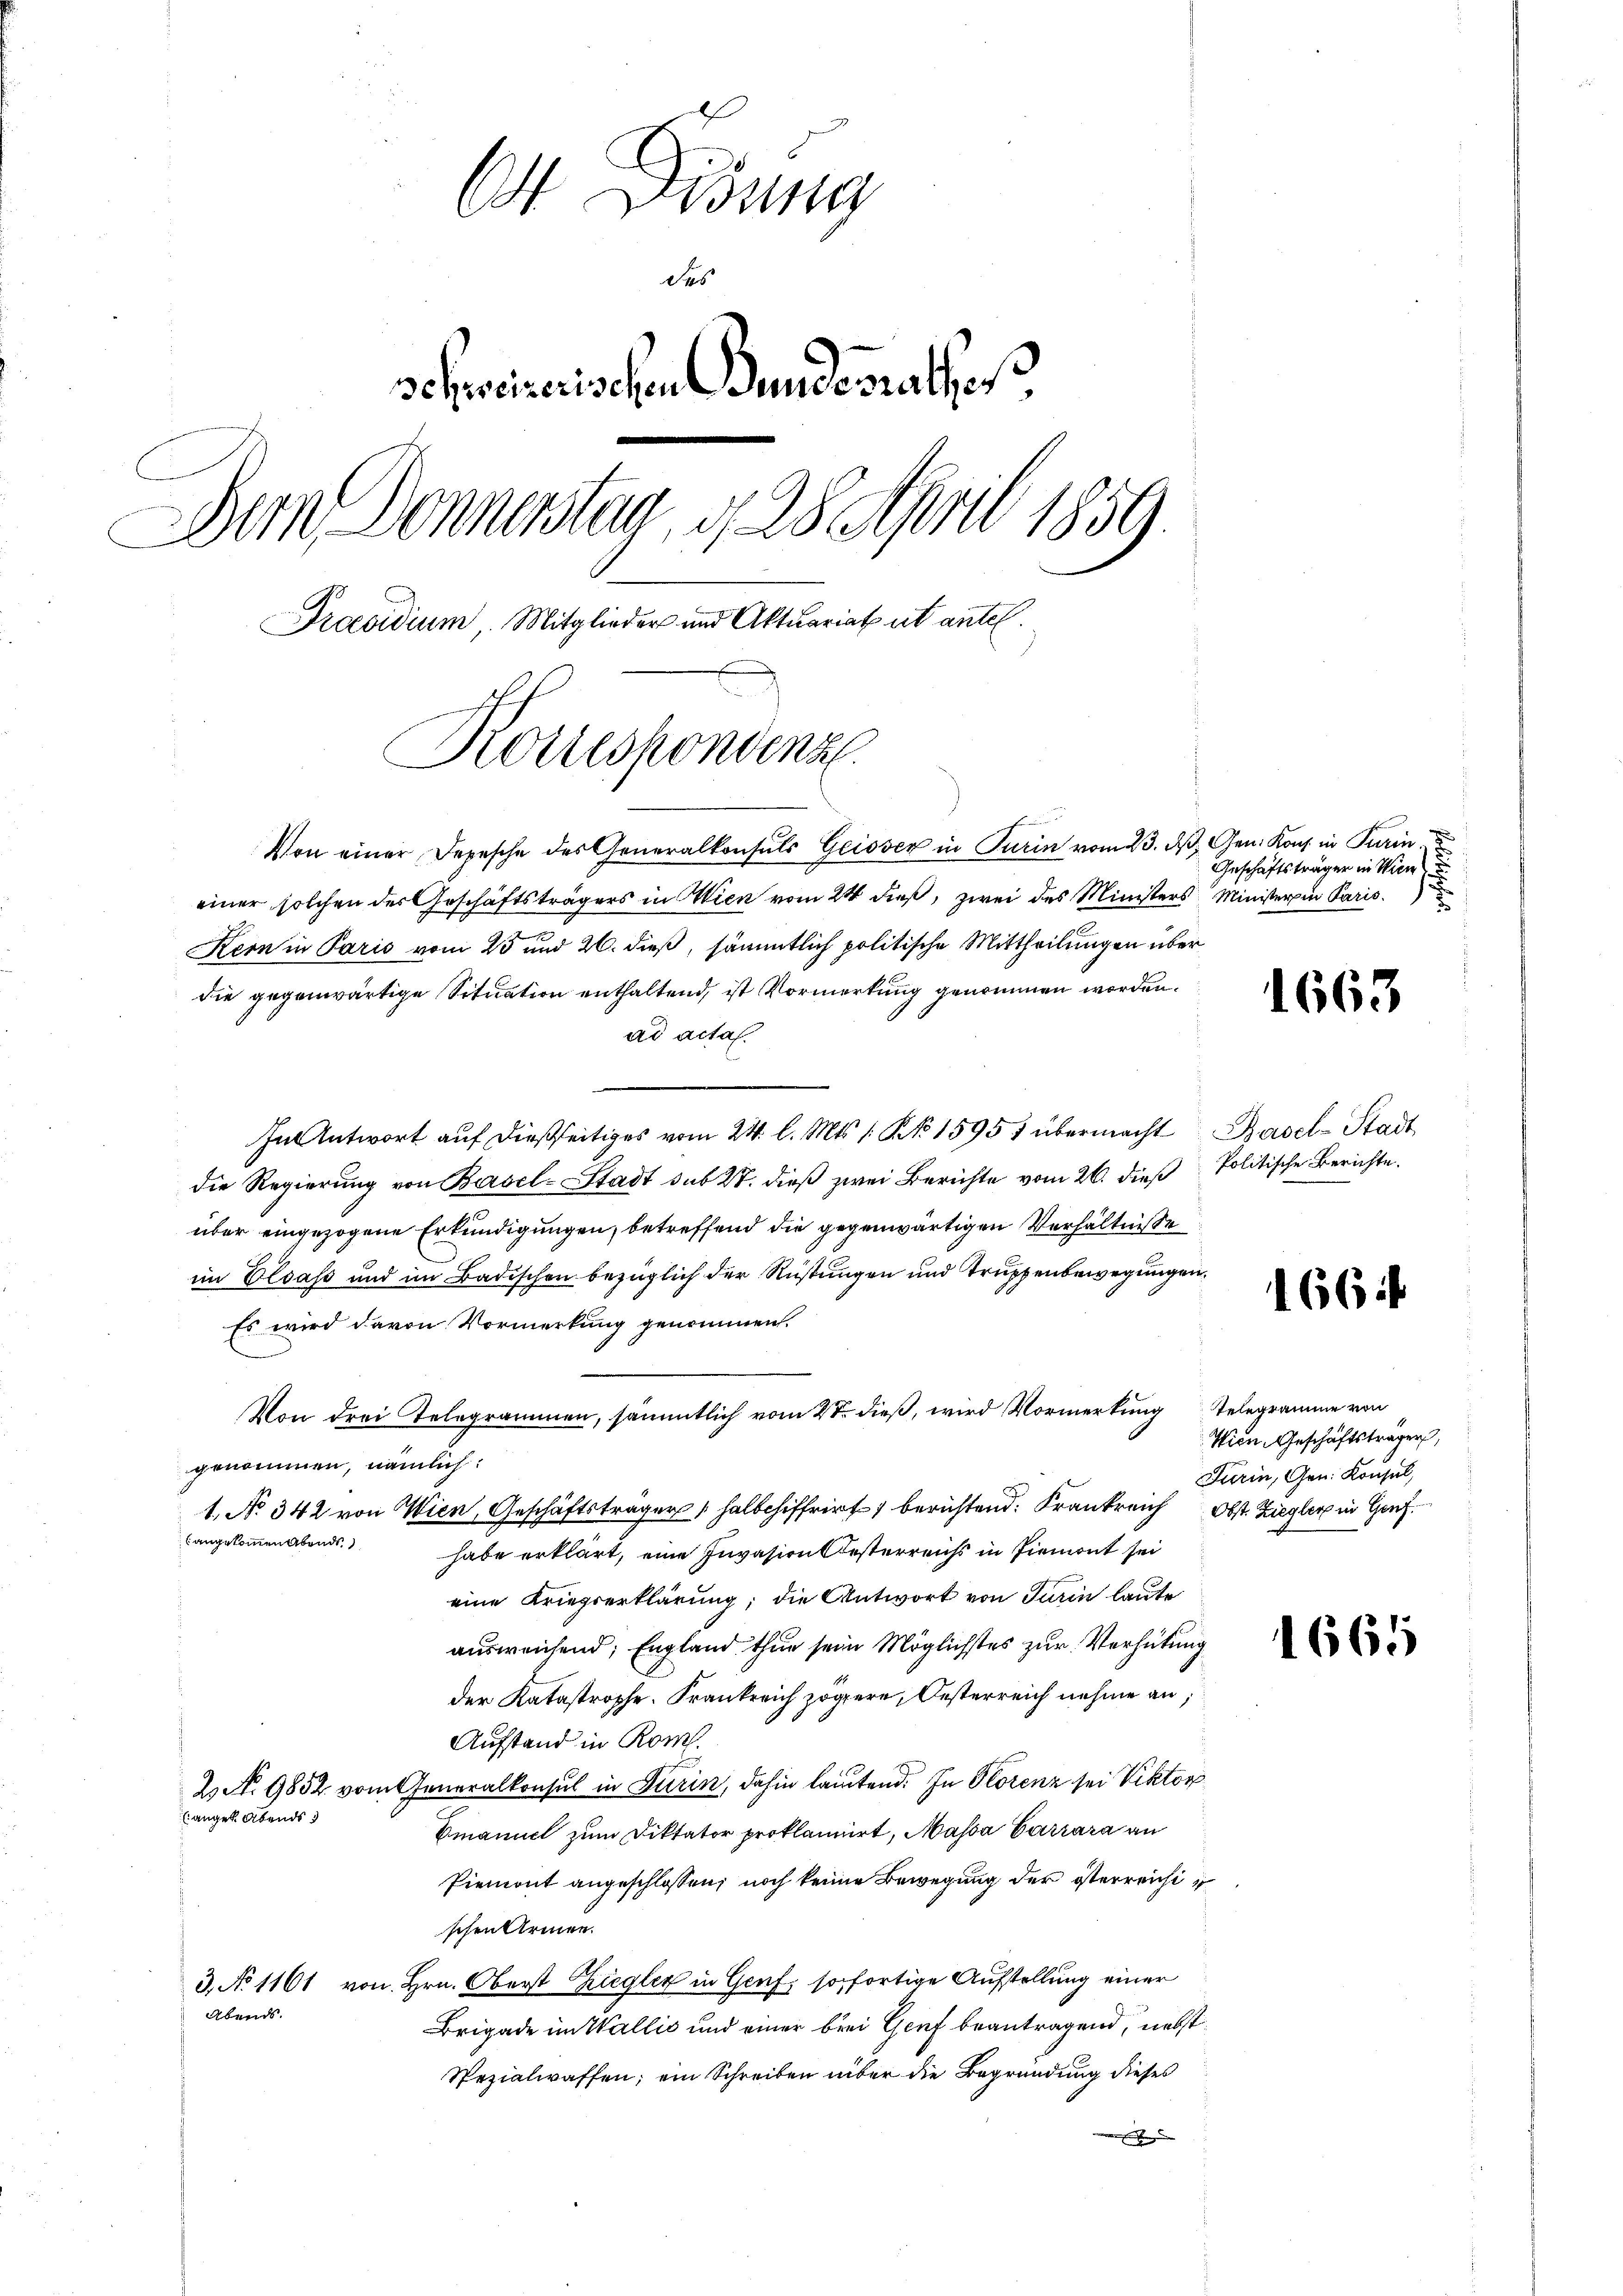
bt Disung
des
schreizerischen Bundesrathes
Bern Donnerstag, d. 28. April 1859
Präsidium, Mitglieder und Aktuariat et antel.
Korrespondenz

Von einer Depesche des Generalkonsuls Geisser in Turin vom 23. ds. Gen. Kons. in Turineiner solchen der Geschäftsträgers in Wien vom 24 dieß, zwei des Ministers Ministerin Paris
Kern in Paris vom 25 und 26. dieß, sämmtlich politische Mittheilungen über
die gegenwärtige Situation enthaltend, ist Vormerkung genommen worden.
ad acta.
In Antwort auf dießseitiges vom 24. l. Mts. 1. No 15951 übermacht Basel-Stadt
die Regierung von Basel-Stadt sub 27. dieß zwei Berichte vom 26. dieß Politische Berichte.
über eingezogene Erkundigungen, betreffend die gegenwärtigen Verhältnisse
im Elsass und im Badischen bezüglich der Rüstungen und Truppenbewegungen
Es wird davon Vormerkung genommen.
Von drei Telegrammen, sämmtlich vom 28ten dieß, wird Vormerkung Telegramme von
genommen, nämlich:
1. No 342 von Wien, Geschäftsträger halbchiffrirt berichtend: Frankreich Obst Ziegler in Ganz
langekommen Abends.
habe erklärt, eine Invasion Oesterreichs in Piemont sei
eine Kriegserklärung; die Antwort von Turin laute
ausweichend, England thun sein Möglichstes zur Verhütung
der Katastrophe. Frankreich zögere, Oesterreich nehme an,
Aufstand in Rom.
2 No 9852 vom Generalkonsul in Turin, dahin lautend. In Florenz sei Viktor
(anget. Abends
Emanuel zum Diktator proklamiert, Massa Carrara an
Piemont angeschlossen, noch keine Bewegung der österreichischen Armen.
3, No 1161 von Hrn. Oberst Ziegler in Genf, sofortige Aufstellung einer
Abends.
Brigade im Wallis und einer brei Genf beantragend, nebst
Spezialwaffen; ein Schreiben über die Begründung dieses

Geschäftsträgen in Wien
x

1663

166 f

Wien Geschäftsträger,
Furin, Gen. Konsul,

1665